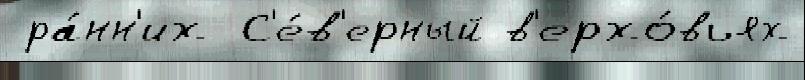
 ра́нн'их С'е́в'ерный в'ерхо́вьях